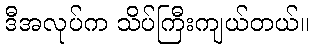
ဒီအလုပ်က သိပ်ကြီးကျယ်တယ်။